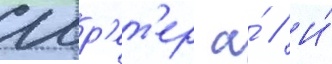
Шр'ет'ер а́ // И́